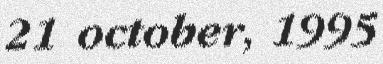
21 october, 1995